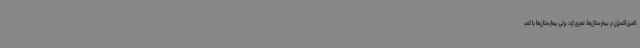
تامین اکسیژن در بیمارستان‌ها، تصریح کرد: برخی بیمارستان‌ها با کمب